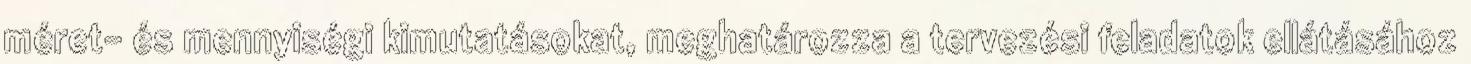
méret- és mennyiségi kimutatásokat, meghatározza a tervezési feladatok ellátásához